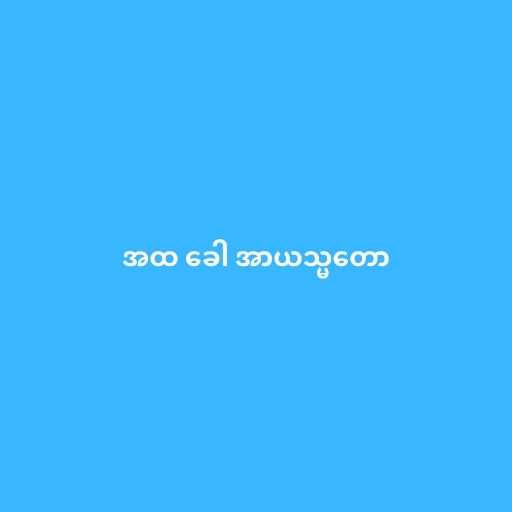
အထ ခေါ အာယသ္မတော